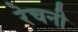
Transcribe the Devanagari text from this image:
रेचनी